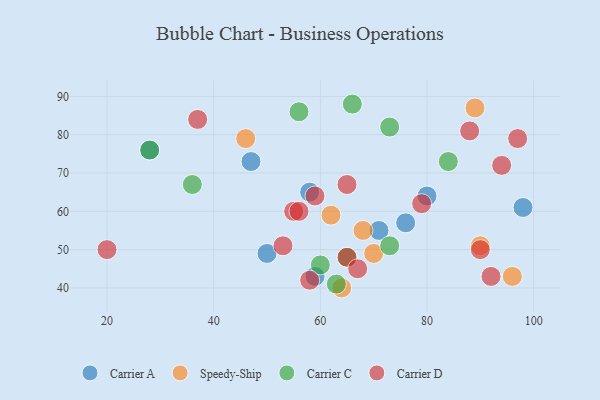
{"axis": {"x": "GDP", "y": "Life Expectancy"}, "legend": ["Carrier A", "Carrier C", "Carrier D", "Speedy-Ship"], "data": [{"x": "98", "y": 61, "type": "Carrier A"}, {"x": "47", "y": 73, "type": "Carrier A"}, {"x": "58", "y": 65, "type": "Carrier A"}, {"x": "28", "y": 76, "type": "Carrier A"}, {"x": "71", "y": 55, "type": "Carrier A"}, {"x": "50", "y": 49, "type": "Carrier A"}, {"x": "59", "y": 43, "type": "Carrier A"}, {"x": "80", "y": 64, "type": "Carrier A"}, {"x": "76", "y": 57, "type": "Carrier A"}, {"x": "62", "y": 59, "type": "Speedy-Ship"}, {"x": "64", "y": 40, "type": "Speedy-Ship"}, {"x": "96", "y": 43, "type": "Speedy-Ship"}, {"x": "46", "y": 79, "type": "Speedy-Ship"}, {"x": "90", "y": 51, "type": "Speedy-Ship"}, {"x": "68", "y": 55, "type": "Speedy-Ship"}, {"x": "70", "y": 49, "type": "Speedy-Ship"}, {"x": "89", "y": 87, "type": "Speedy-Ship"}, {"x": "60", "y": 46, "type": "Carrier C"}, {"x": "63", "y": 41, "type": "Carrier C"}, {"x": "28", "y": 76, "type": "Carrier C"}, {"x": "73", "y": 82, "type": "Carrier C"}, {"x": "65", "y": 48, "type": "Carrier C"}, {"x": "84", "y": 73, "type": "Carrier C"}, {"x": "56", "y": 86, "type": "Carrier C"}, {"x": "73", "y": 51, "type": "Carrier C"}, {"x": "36", "y": 67, "type": "Carrier C"}, {"x": "66", "y": 88, "type": "Carrier C"}, {"x": "65", "y": 48, "type": "Carrier D"}, {"x": "79", "y": 62, "type": "Carrier D"}, {"x": "55", "y": 60, "type": "Carrier D"}, {"x": "37", "y": 84, "type": "Carrier D"}, {"x": "59", "y": 64, "type": "Carrier D"}, {"x": "92", "y": 43, "type": "Carrier D"}, {"x": "53", "y": 51, "type": "Carrier D"}, {"x": "88", "y": 81, "type": "Carrier D"}, {"x": "20", "y": 50, "type": "Carrier D"}, {"x": "58", "y": 42, "type": "Carrier D"}, {"x": "94", "y": 72, "type": "Carrier D"}, {"x": "67", "y": 45, "type": "Carrier D"}, {"x": "65", "y": 67, "type": "Carrier D"}, {"x": "90", "y": 50, "type": "Carrier D"}, {"x": "97", "y": 79, "type": "Carrier D"}, {"x": "56", "y": 60, "type": "Carrier D"}]}